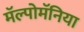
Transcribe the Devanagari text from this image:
मॅल्पोमॅनिया